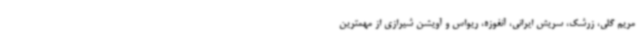
مریم گلی، زرشک، سریش ایرانی، آنغوزه، ریواس و آویشن شیرازی از مهمترین